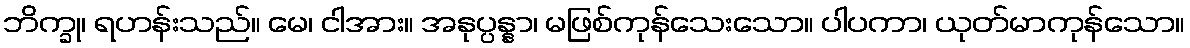
ဘိက္ခု၊ ရဟန်းသည်။ မေ၊ ငါအား။ အနုပ္ပန္နာ၊ မဖြစ်ကုန်သေးသော။ ပါပကာ၊ ယုတ်မာကုန်သော။